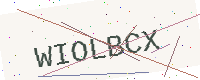
Text: WIOLBCX